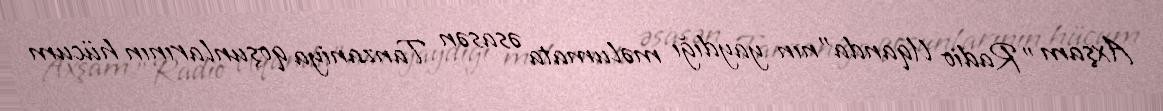
Axşam "Radio Uqanda"nın yaydığı məlumata əsasən Tanzaniya qoşunlarının hücum